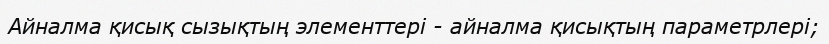
Айналма қисық сызықтың элементтері - айналма қисықтың параметрлері;